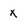
Character: x